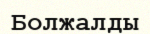
Болжалды